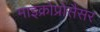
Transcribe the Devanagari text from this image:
माइक्रोप्रोसैसर